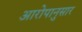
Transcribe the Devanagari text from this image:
आरोपानुसार